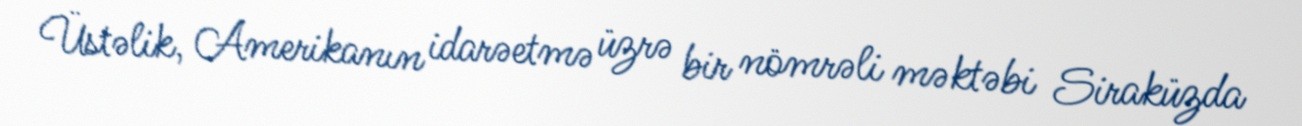
Üstəlik, Amerikanın idarəetmə üzrə bir nömrəli məktəbi Siraküzda